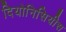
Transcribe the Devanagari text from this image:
दियोनिसियीस